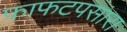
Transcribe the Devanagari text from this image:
फाफटपसारा